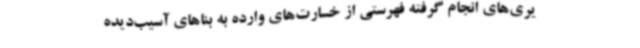
یری‌های انجام گرفته فهرستی از خسارت‌های وارده به بناهای آسیب‌دیده